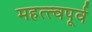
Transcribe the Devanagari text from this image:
महत्त्वपूर्व